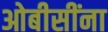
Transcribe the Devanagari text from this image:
ओबीसींना